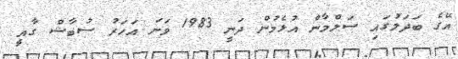
އޭގެ ބަދަލުގައި ސަލްމާން އުޅެމުން ދަނީ 1983 ވަނަ އަހަރު ސުބާޝް ގާއީ